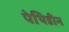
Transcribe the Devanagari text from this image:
पेथिडीन